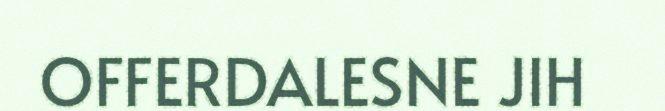
OFFERDALESNE JIH